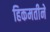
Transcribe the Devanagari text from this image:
हिकमतीने